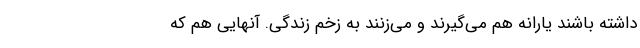
داشته باشند یارانه هم می‌گیرند و می‌زنند به زخم زندگی. آنهایی هم که